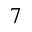
7